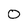
Character: 0